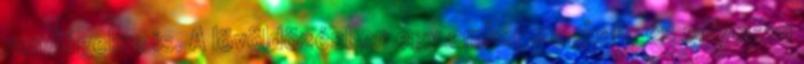
vendégekre is. A lövöldözésben egy ember meghalt, és súlyosan